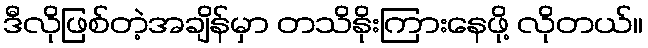
ဒီလိုဖြစ်တဲ့အချိန်မှာ တသိနိုးကြားနေဖို့ လိုတယ်။